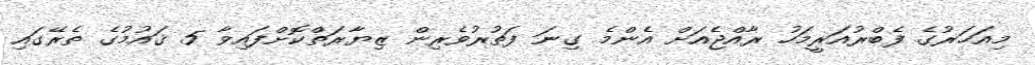
މިއަހަރުގެ ފެބްރުއަރީމަހު ރާއްޖެއަށް އެންމެ ގިނަ ފަތުރުވެރިން ޒިޔާރަތްކޮށްފައިވާ 5 ޤައުމުގެ ތެރޭގައި